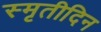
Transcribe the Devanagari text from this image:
स्मृतीदिन